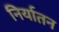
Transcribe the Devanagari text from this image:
निर्यातन